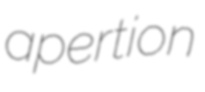
apertion